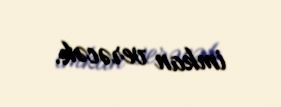
imkan verəcək.